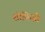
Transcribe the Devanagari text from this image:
शोकिसी